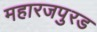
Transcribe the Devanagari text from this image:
महारजपुरड